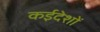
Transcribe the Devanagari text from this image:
कईदेशों